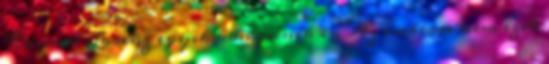
Konrad Lorenz egyik könyvének is. Az emberre nem ezek